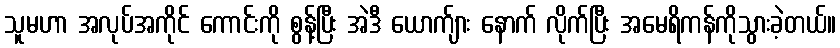
သူမဟာ အလုပ်အကိုင် ကောင်းကို စွန့်ပြီး အဲဒီ ယောက်ျား နောက် လိုက်ပြီး အမေရိကန်ကိုသွားခဲ့တယ်။